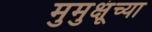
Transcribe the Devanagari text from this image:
मुमुक्षूंच्या